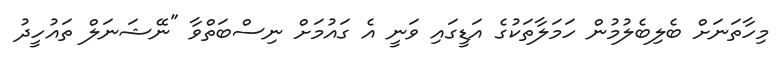
މިހާތަނަށް ބެލިބެލުމުން ހަމަލާތަކުގެ އަޑީގައި ވަނީ އެ ގައުމަށް ނިސްބަތްވާ "ނޭޝަނަލް ތައުހީދު